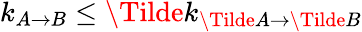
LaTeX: k_{A\rightarrow B}\leq\Tilde{k}_{\Tilde{A}\rightarrow\Tilde{B}}